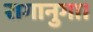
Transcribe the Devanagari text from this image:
रागानुगा।